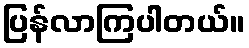
ပြန်လာကြပါတယ်။